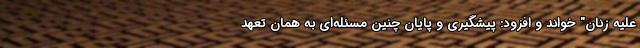
علیه زنان" خواند و افزود: پیشگیری و پایان چنین مسئله‌ای به همان تعهد